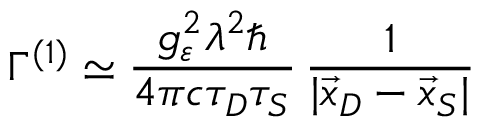
\Gamma ^ { ( 1 ) } \simeq \frac { g _ { \varepsilon } ^ { 2 } \lambda ^ { 2 } \hbar } { 4 \pi c \tau _ { D } \tau _ { S } } \, \frac { 1 } { | \vec { x } _ { D } - \vec { x } _ { S } | }